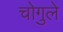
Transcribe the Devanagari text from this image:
चोगुले